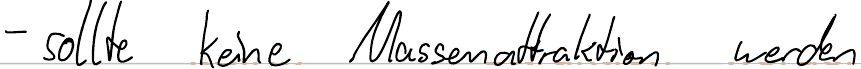
- sollte keine Massenattraktion werden